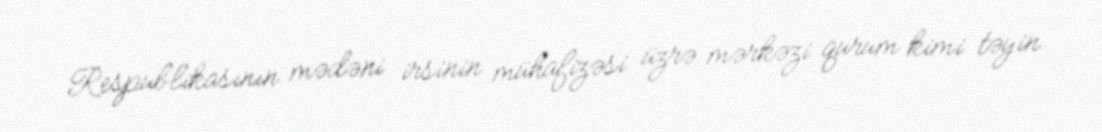
Respublikasının mədəni irsinin mühafizəsi üzrə mərkəzi qurum kimi təyin